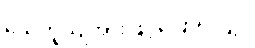
ယေဘူယျအားဖြင့်ပြောရလျှင်